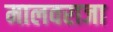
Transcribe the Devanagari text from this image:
मालवराजा